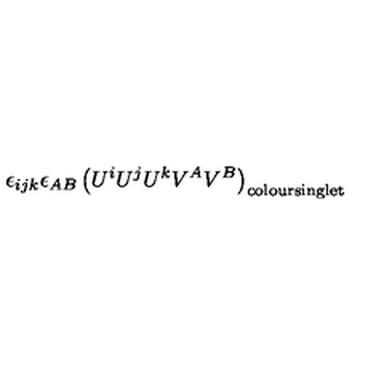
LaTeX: \epsilon _ { i j k } \epsilon _ { A B } \left( U ^ { i } U ^ { j } U ^ { k } V ^ { A } V ^ { B } \right) _ { \mathrm { c o l o u r s i n g l e t } }